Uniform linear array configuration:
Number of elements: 12
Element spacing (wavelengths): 0.25
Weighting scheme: binomial
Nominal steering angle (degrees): -30
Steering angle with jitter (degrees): -30.029
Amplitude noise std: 0.05
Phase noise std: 0.05

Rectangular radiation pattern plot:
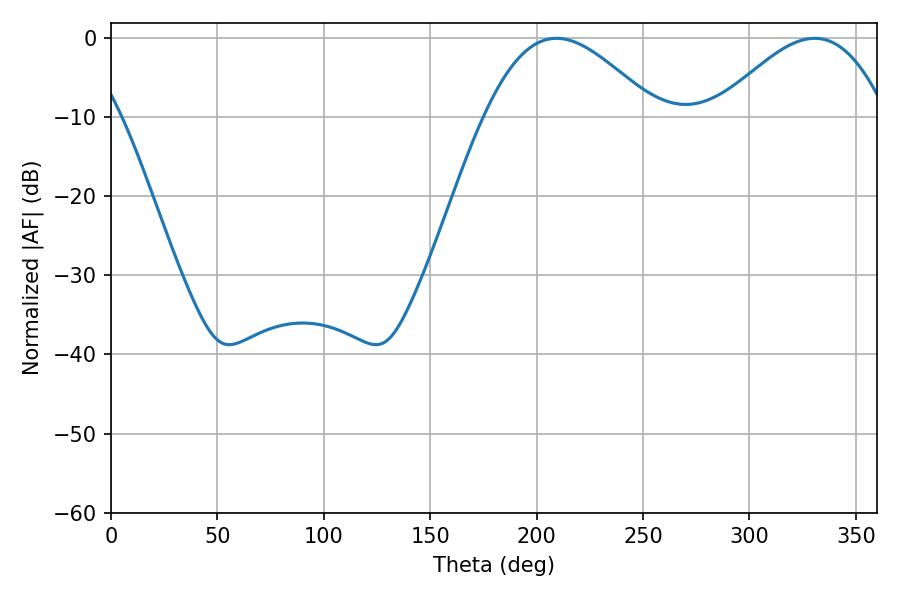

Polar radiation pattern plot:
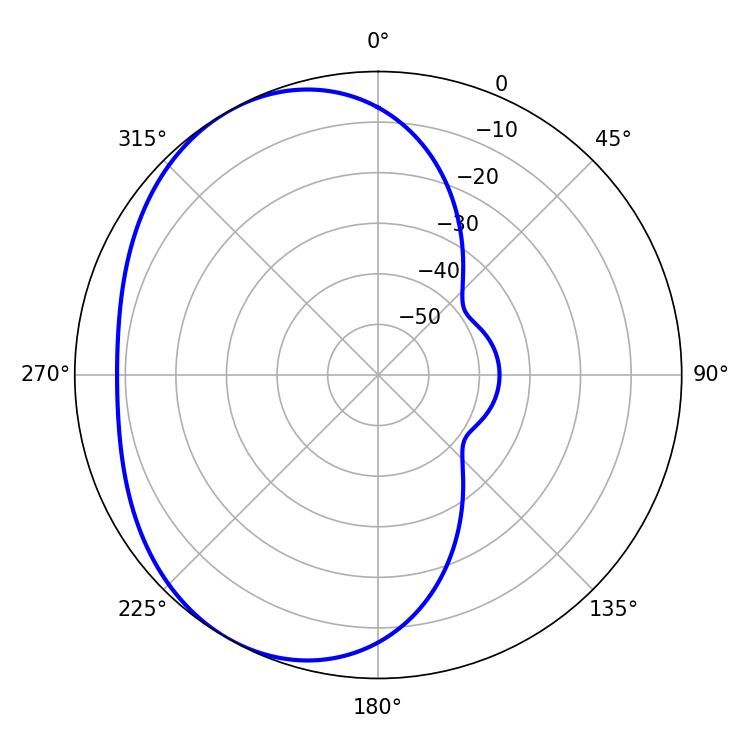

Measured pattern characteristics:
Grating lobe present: FALSE
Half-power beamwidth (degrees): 43.38
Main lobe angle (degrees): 209.34